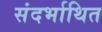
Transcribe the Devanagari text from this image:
संदर्भाथित